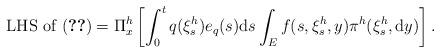
LaTeX: \begin{align*}\mbox{LHS of }\eqref{prop3.1}=\Pi^{h}_{x}\left[\int_{0}^{t}q(\xi^{h}_{s})e_{q}(s){\rm d}s\int_{E}f(s,\xi^{h}_{s},y)\pi^{h}(\xi^{h}_{s},{\rm d}y)\right].\end{align*}